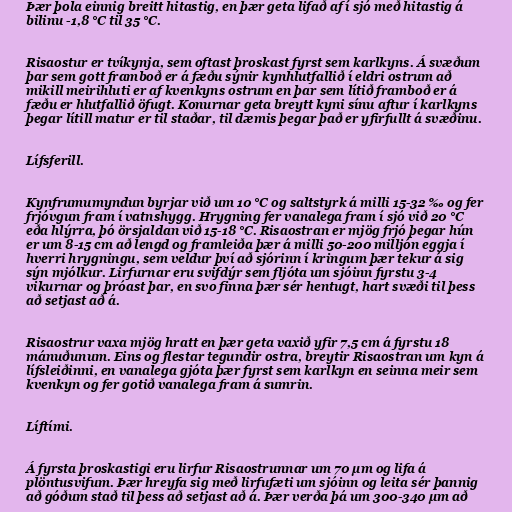
Þær þola einnig breitt hitastig, en þær geta lifað af í sjó með hitastig á
bilinu -1,8 °C til 35 °C.

Risaostur er tvíkynja, sem oftast þroskast fyrst sem karlkyns. Á svæðum
þar sem gott framboð er á fæðu sýnir kynhlutfallið í eldri ostrum að
mikill meirihluti er af kvenkyns ostrum en þar sem lítið framboð er á
fæðu er hlutfallið öfugt. Konurnar geta breytt kyni sínu aftur í karlkyns
þegar lítill matur er til staðar, til dæmis þegar það er yfirfullt á svæðinu.

Lífsferill.

Kynfrumumyndun byrjar við um 10 °C og saltstyrk á milli 15-32 ‰ og fer
frjóvgun fram í vatnshygg. Hrygning fer vanalega fram í sjó við 20 °C
eða hlýrra, þó örsjaldan við 15-18 °C. Risaostran er mjög frjó þegar hún
er um 8-15 cm að lengd og framleiða þær á milli 50-200 milljón eggja í
hverri hrygningu, sem veldur því að sjórinn í kringum þær tekur á sig
sýn mjólkur. Lirfurnar eru svifdýr sem fljóta um sjóinn fyrstu 3-4
vikurnar og þróast þar, en svo finna þær sér hentugt, hart svæði til þess
að setjast að á.

Risaostrur vaxa mjög hratt en þær geta vaxið yfir 7,5 cm á fyrstu 18
mánuðunum. Eins og flestar tegundir ostra, breytir Risaostran um kyn á
lífsleiðinni, en vanalega gjóta þær fyrst sem karlkyn en seinna meir sem
kvenkyn og fer gotið vanalega fram á sumrin.

Líftími.

Á fyrsta þroskastigi eru lirfur Risaostrunnar um 70 µm og lifa á
plöntusvifum. Þær hreyfa sig með lirfufæti um sjóinn og leita sér þannig
að góðum stað til þess að setjast að á. Þær verða þá um 300-340 µm að